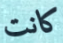
كانت